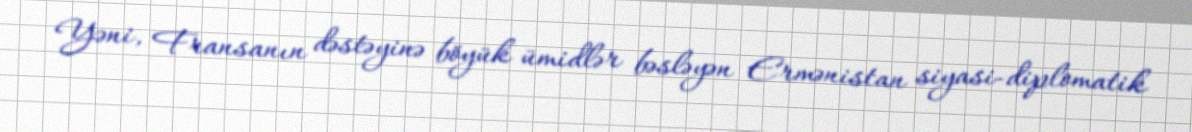
Yəni, Fransanın dəstəyinə böyük ümidlər bəsləyən Ermənistan siyasi-diplomatik